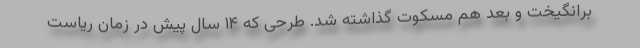
برانگیخت و بعد هم مسکوت گذاشته شد. طرحی که ۱۴ سال پیش در زمان ریاست